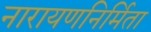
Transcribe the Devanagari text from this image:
नारायणनिर्मिता